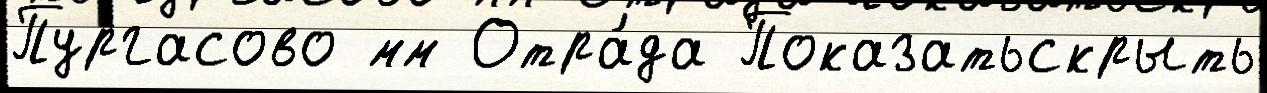
Пургасово мм Отра́да Показатьскрыть